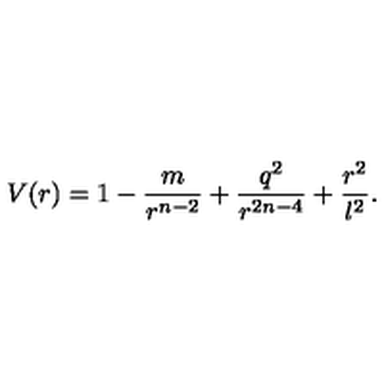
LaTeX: V ( r ) = 1 - \frac { m } { r ^ { n - 2 } } + \frac { q ^ { 2 } } { r ^ { 2 n - 4 } } + \frac { r ^ { 2 } } { l ^ { 2 } } .